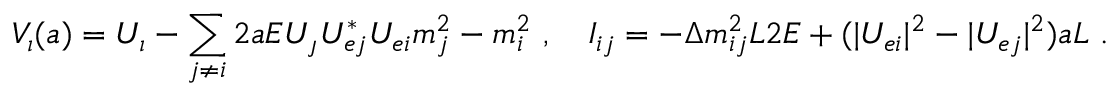
V _ { \a i } ( a ) = U _ { \a i } - \sum _ { j \not = i } ^ { } 2 a E { U _ { \a j } U _ { e j } ^ { * } U _ { e i } \o m _ { j } ^ { 2 } - m _ { i } ^ { 2 } } \ , \quad I _ { i j } = - { \Delta m _ { i j } ^ { 2 } L \o 2 E } + ( | U _ { e i } | ^ { 2 } - | U _ { e j } | ^ { 2 } ) a L \ .